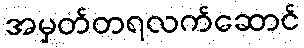
အမှတ်တရလက်ဆောင်